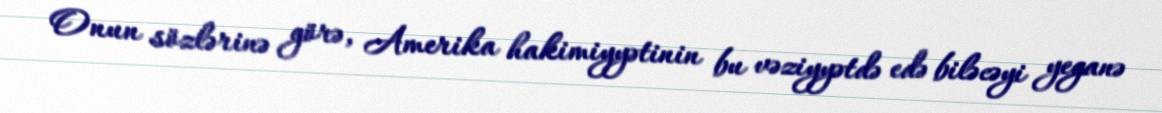
Onun sözlərinə görə, Amerika hakimiyyətinin bu vəziyyətdə edə biləcəyi yeganə